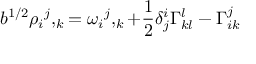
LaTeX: b ^ { 1 / 2 } { \rho _ { i } } ^ { j } , _ { k } = { \omega _ { i } } ^ { j } , _ { k } + { \frac { 1 } { 2 } } \delta _ { j } ^ { i } \Gamma _ { k l } ^ { l } - \Gamma _ { i k } ^ { j }